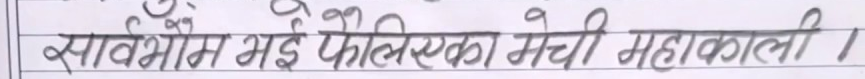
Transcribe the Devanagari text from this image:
सार्वभौम भई फैलिएका मेची महाकाली ।